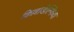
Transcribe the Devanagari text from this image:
किल्लाडेल्फिया